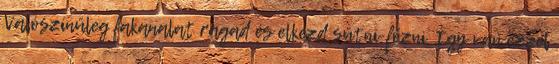
Valószínűleg fakanalat ragad és elkezd sütni-főzni. Így van ezzel